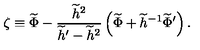
\zeta \equiv \widetilde { \Phi } - { \frac { \widetilde { h } ^ { 2 } } { \widetilde { h } ^ { \prime } - \widetilde { h } ^ { 2 } } } \left( \widetilde \Phi + \widetilde { h } ^ { - 1 } \widetilde { \Phi } ^ { \prime } \right) .